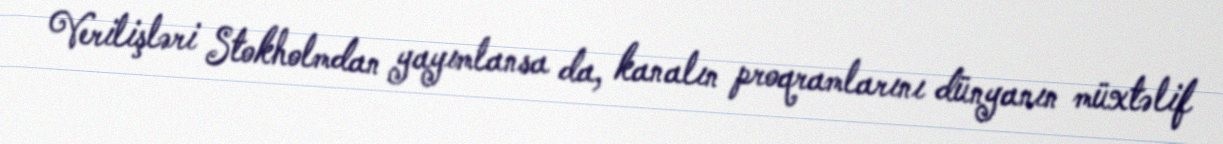
Verilişləri Stokholmdan yayımlansa da, kanalın proqramlarını dünyanın müxtəlif